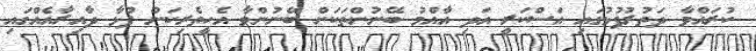
ކުރައްވާ ދަތުރުފުޅުގައި އަަސްކަރީ އަދި އާއްމު ބޭނުންތަކަށް ބޭނުންވާ އެހީތެރިކަން ފުޅާ ދާއިރާއެއްގައި